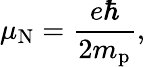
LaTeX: \mu_{\mathrm{N}}={\frac{e\hbar}{2m_{\mathrm{p}}}},